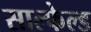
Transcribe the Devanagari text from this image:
साल्फेल्ड